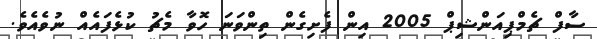
ސާފް ޗެމްޕިއަންޝިޕް 2005 އިން ފެށިގެން ތިންވަނަ ހޮވާ މެޗު ކުޅެފައެއް ނުވެއެވެ.